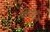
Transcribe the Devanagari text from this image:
फिलीपीन्स्